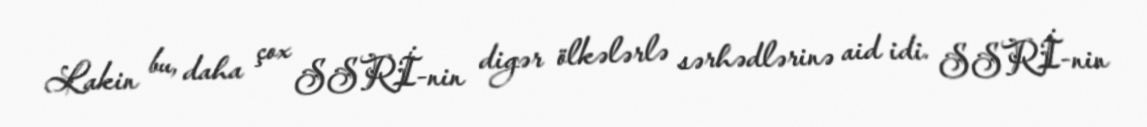
Lakin bu, daha çox SSRİ-nin digər ölkələrlə sərhədlərinə aid idi. SSRİ-nin